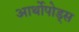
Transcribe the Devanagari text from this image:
आर्थोपोड्स